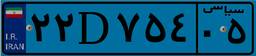
۷۵D۶۶۸۱۲